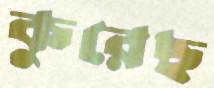
কুরেছ